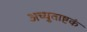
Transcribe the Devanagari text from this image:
अच्युताष्टकं